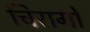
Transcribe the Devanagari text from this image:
चिरागों